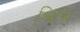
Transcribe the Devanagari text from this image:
श्रिश्रि